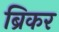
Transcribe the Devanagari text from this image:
ब्रिकर